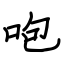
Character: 咆